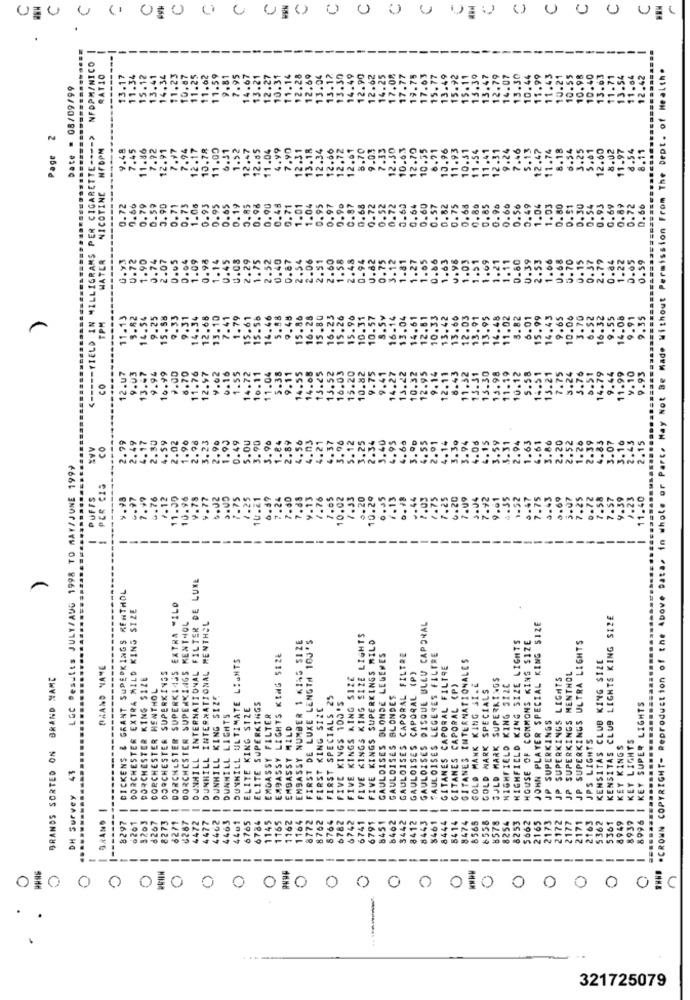
00 0 0 0,0 0 0 00 0 0 0 0 010 0 0 0 0 000
NFOPM/NICO
*CROWN COPYRIGHT- Reproduction of the Above Data, in whole or Part. May Not Be Made Without Permission From The Dept. of Health.
RATIO
13.17
11.34
15.12
13.41
14.34
11.25
11.62
11.5
9.81
7.95
.49
15.92
14.07
13.30
11. 99
11.4
10.2
10.40
.42
Date . 08/09/99
11.2
10.8
14.6
13.2
12.2
10.
13.
13.5
14.4
12.9
12.6
17.
17.
19.
15.1
13.
12.7
10.4
10.
10.
13.
Page 2
-- YIELD IN MILLIGRAMS PER CIGARETTE ---- >
NFOPM
9.48
11.86
7.92
12.91
.97
7.94
12.17
10,78
11.00
6.31
1.52
12.47
12.55
11.04
4.99
7.90
12.31
13.18
12.34
12.66
12.72
12.61
8.70
9.03
7.33
12.30
10.63
12.70
10.35
6.71
10.96
11.93
10.31
11.54
11.41
12.31
9.24
7.46
5.13
12.47
11.74
8.18
6.54
3.25
12.60
8.02
11.97
8.54
8.11
7.45
NICOTINE
0.19
1.01
0.72
0.66
0.79
0.59
3.90
0.71
0.73
1.06
0.93
0.95
0.65
0.85
0.96
0.90
0.48
0.71
1.04
0.95
0.97
0.90
0.87
0.68
0.72
0.52
0.72
0.60
0.64
0.60
0.57
0.82
0.75
0.63
0.85
0.85
0.96
0.60
0.56
0.49
1.04
1.03
0.80
0.91
30
0.93
0.69
0.89
0.72
0.66
U.72
1.90
0.74
2.07
0.05
0.04
1.09
0.98
1.14
0.45
0.08
1.75
2.52
0.40
0.87
2.54
2.06
2.51
1.58
48
0.94
0.82
0.75
3.12
1.81
1.27
1.05
0.86
1.63
v.98
1.03
1.51
1.69
1.21
1.11
0.60
0.39
2.53
1.06
0.68
5.70
0.15
1.22
0.65
0.59
WATER
0.84
SONO
11.13
3.82
14.54
.25
15.58
9.33
9.31
14.34
12.68
13.10
7.41
1.79
15.61
15.58
14.46
9.48
15.86
16.28
15.80
16.23
15.26
15.90
10.31
10.57
16.14
13.04
14.61
12.61
10.33
13.42
13.66
12.03
13.91
13.95
14.48
11.02
8.82
6.01
15.99
14.43
9.65
10.06
3.70
6.52
9.55
14.08
9.91
9.35
......
TPM
16.
11.76
12.97
9.62
0.16
1.55
14.72
5.38
9.11
14.08
13.25
16.03
15.20
10.82
9.75
9.41
14.27
13.22
10.32
12.95
9.14
12.11
8.43
11.32
13.30
11.19
10.12
5.58
7.75
3.24
14.79
9.44
11.99
9.10
9.93
12.u7
9.03
3.47
10.99
0.00
8.70
10.11
11.04
14.55
13.52
13.31
13.98
14.51
15.21
3.76
5.51
co
<--
.99
59
2.02
1.90
2.98
3.23
2.90
1.95
0.49
.OU
3.90
3.96
1.84
2.89
.56
4.03
4.21
4.37
5.12
3.25
2.34
3.40
4.68
4.55
2.91
4.14
3.30
3.94
4.06
4.15
3.59
3.31
2.94
1.63
4.61
3.86
2.20
2.52
1.26
.39
.83
3.07
16
1.43
2.15
*VV
co
2.49
4.17
4.95
3.º0
LGC Results JULY/AUG 1998 TO MAY/JUNE 1999
PER CIS
PUFFS
6.97
7.99
6.76
7.12
11.30
10.96
9.78
9.77
6.02
7.75
10.21
6.59
7.24
7.60
7.88
9.13
1.76
7.05
10.02
7.53
0.20
10.29
0.05
.13
.. 44
7.03
1.75
7.25
6.20
7.09
2004
7.42
9.61
4.35
1.52
5.47
7.75
3 .43
0.69
3.07
7.25
0.72
58
9.39
1.23
11.40
7.2
7.5
--
-
DUNHILL INTERNATIONAL FILTER DE LUXE
8297 | DICKENS & GRANT SUPEDKINGS MENTHOL
DORCHESTER EXTRA MILD KING SIZE
DORCHESTER SUPERKISS EXTRA WILD
DORCHESTER SUPERKINGS KENTHOL
KENSITAS CLUB LIGHTS KING SIZE
DUNHILL INTERNATIONAL MENTHOL
GAULOISES DISQUE BLEU CAPORAL
I JOHN PLAYER SPECIAL KING SIZE
EMBASSY NUMBER 1 KING SIZE
FIRST DE LUXE LENGTH 10J'S
FIVE KINGS KING SIZE LIGHTS
FIVE KINGS SUPERKINGS MILD
HOUSE OF COMMONS KING SIZE
2171 | JP SUPERKINGS ULTRA LIGHTS
HIGHFIELD KING SIZE LIGHTS
I DUNHILL ULTIMATE LIGHTS
1165 | EMBASSY LIGHTS KING SIZE
GAULDISES BLONDE LEGENES
GAULOISES CAPORAL FILTRE
PAULO1SES LEGERES FILTRE
GITANES INTERNATIONALES
KENSITAS CLUB KING SIZE
BRAND NAME
GITANES CAPORAL FILTRE
GRANDS SORTED ON BRAND NAME
DORCHESTER KING SIZE
DORCHESTER SUPERKINGS
FIVE KINGS KING $12€
GAULOISES CAPORAL (P)
SULD MARK SUPERKINGS
HIGHFIELD KING SIZE
2172 | JP SUPERKINGS LIGHTS
2177 | JP SUPERKINGS MENTHOL
CORCHESTER HENTHOL
8414 | GITANES CAPORAL (P)
GOLD MANK KING SI. E
GOLD MARK SPECIALS
I DUNHILL KING SIZE
FIRST SPECIALS 25
6782 | FIVE KINGS 100'S
GAULDISES BLONDES
6765 | ELITE KING SIZE
6784 | ELITE SUPERKINGS
FIRST KING SIZE
8996 | KEY SUPER LIGHTS
DUNHILL LIGHTS
EMBASSY FILTER
2173 | JP SUPERKINGS
I EMBASSY MILD
JPS LIGHTS
KEY LIGHTS
KEY KINGS
43
DH Survey 41
...
BRAND |
1164 |
8762 1
-
0261
9203
8267
8273
6271
U267
4472
-
4462
4463
44e1
1145
1162
8772
8764
6782
6742
6741
8451
8462
3442
---
8412
8443
8461
8444
8474
8565
-
6558
8578
8254
8253
5662
2163
5362
-
-
8939
-
6791
2165
5361
---
----
-
--
------
-----
-
---
0
O
0
0
0
O
---
321725079